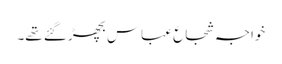
خواجہ شجاع عباس بچھڑ گئے تھے۔